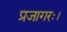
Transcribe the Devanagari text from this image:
प्रजागरः।